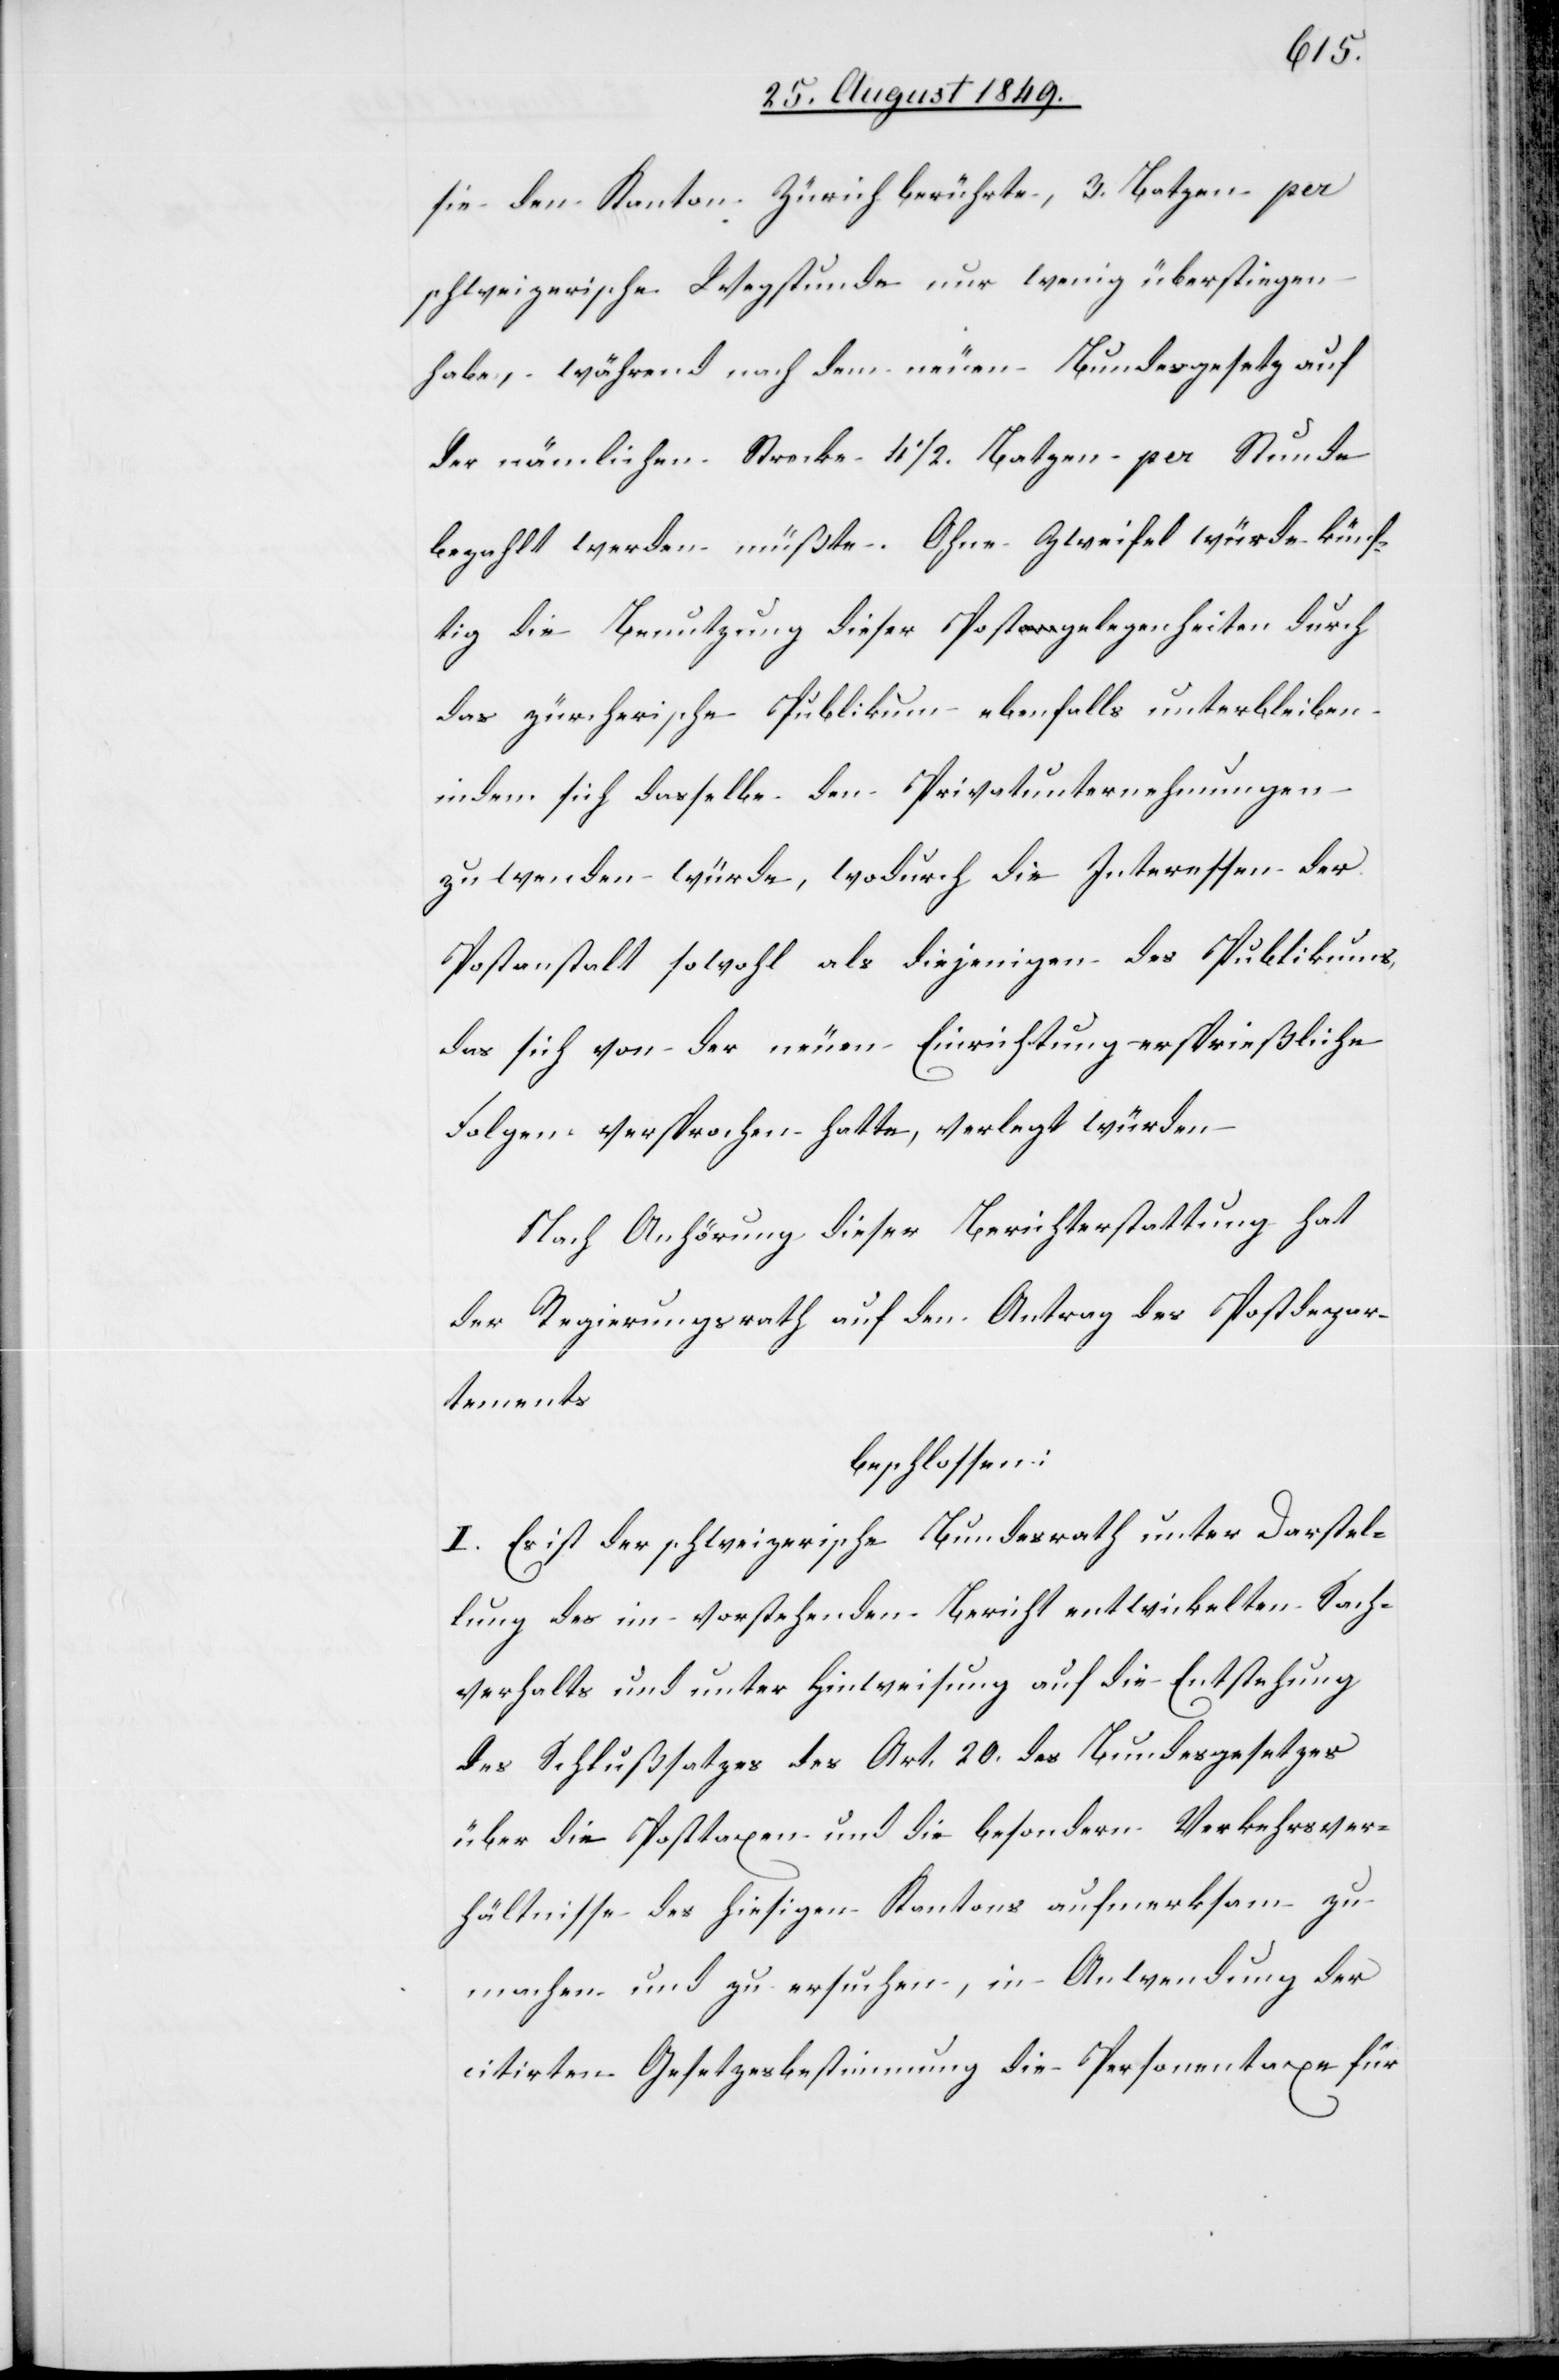
sie den Kanton Zürich berührte, 3. Batzen per
schweizerische Wegstunde nur wenig überstiegen
habe, während nach dem neuen Bundesgesetz auf
der nämlichen Strecke 4 1/2. Batzen per Stunde
bezahlt werden müßte. Ohne Zweifel würde künf¬
tig die Benutzung dieser Postgelegenheiten durch
das zürcherische Publikum ebenfalls unterbleiben
indem sich dasselbe den Privatunternehmungen
zuwenden würde, wodurch die Interessen der
Postanstalt sowohl als diejenigen des Publikums,
das sich von der neuen Einrichtung ersprießliche
Folgen versprochen hatte, verlegt würden
Nach Anhörung dieser Berichterstattung hat
der Regierungsrath auf den Antrag des Postdepar¬
tements
beschlossen:
I. Es ist der schweizerische Bundesrath unter Darstel¬
lung des im vorstehenden Bericht entwickelten Sach¬
verhalts und unter Hinweisung auf die Entstehung
des Schlußsatzes des Art. 20. des Bundesgesetzes
über die Posttaxen und die besondern Verkehrsver¬
hältnisse des hiesigen Kantons aufmerksam zu
citirten Gesetzesbestimmung die Personentaxe für